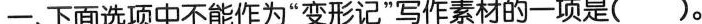
一、下面选项中不能作为”变形记”写作素材的一项是( )。